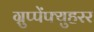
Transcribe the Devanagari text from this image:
ग्रुप्पेंफ्युहरर